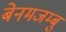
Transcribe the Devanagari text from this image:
बेनमजम्बु